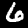
Digit: 6